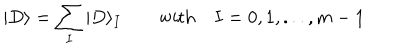
LaTeX: | D \rangle = \sum _ { I } | D \rangle _ { I } \qquad \mathrm { w i t h } \quad I = 0 , 1 , . . . , m - 1